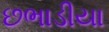
છભાડીયા